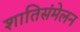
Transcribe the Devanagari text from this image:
शातिसंमेलन